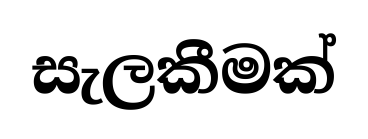
සැලකීමක්